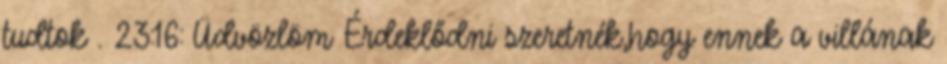
tudtok . 23:16: Üdvözlöm Érdeklődni szeretnék,hogy ennek a villának